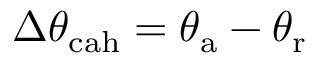
\Delta \theta _ { \mathrm { { c a h } } } = \theta _ { \mathrm { { a } } } - \theta _ { \mathrm { { r } } }